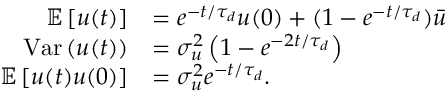
\begin{array} { r l } { \mathbb { E } \left[ u ( t ) \right] } & { = e ^ { - t / \tau _ { d } } u ( 0 ) + ( 1 - e ^ { - t / \tau _ { d } } ) \bar { u } } \\ { \mathrm { V a r } \left( u ( t ) \right) } & { = \sigma _ { u } ^ { 2 } \left( 1 - e ^ { - 2 t / \tau _ { d } } \right) } \\ { \mathbb { E } \left[ u ( t ) u ( 0 ) \right] } & { = \sigma _ { u } ^ { 2 } e ^ { - t / \tau _ { d } } . } \end{array}